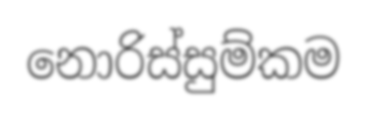
නොරිස්සුම්කම